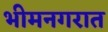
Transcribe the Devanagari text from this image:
भीमनगरात